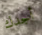
أجدك